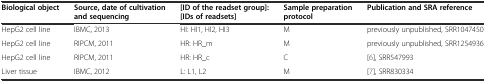
<table><thead><tr><td><b>Biological object</b></td><td><b>Source, date of cultivation and sequencing</b></td><td><b>[ID of the readset group]: [IDs of readsets]</b></td><td><b>Sample preparation protocol</b></td><td><b>Publication and SRA reference</b></td></tr></thead><tbody><tr><td>HepG2 cell line</td><td>IBMC, 2013</td><td>HI: HI1, HI2, HI3</td><td>M</td><td>previously unpublished, SRR1047450</td></tr><tr><td>HepG2 cell line</td><td>RIPCM, 2011</td><td>HR: HR_m</td><td>M</td><td>previously unpublished, SRR1254936</td></tr><tr><td>HepG2 cell line</td><td>RIPCM, 2011</td><td>HR: HR_c</td><td>C</td><td>[6], SRR547993</td></tr><tr><td>Liver tissue</td><td>IBMC, 2012</td><td>L: L1, L2</td><td>M</td><td>[7], SRR830334</td></tr></tbody></table>